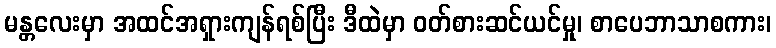
မန္တလေးမှာ အထင်အရှားကျန်ရစ်ပြီး ဒီထဲမှာ ဝတ်စားဆင်ယင်မှု၊ စာပေဘာသာစကား၊